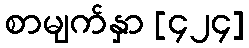
စာမျက်နှာ [၄၂၄]